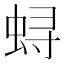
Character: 𫊻